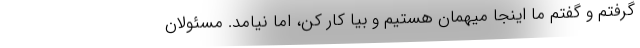
گرفتم و گفتم ما اینجا میهمان هستیم و بیا کار کن، اما نیامد. مسئولان